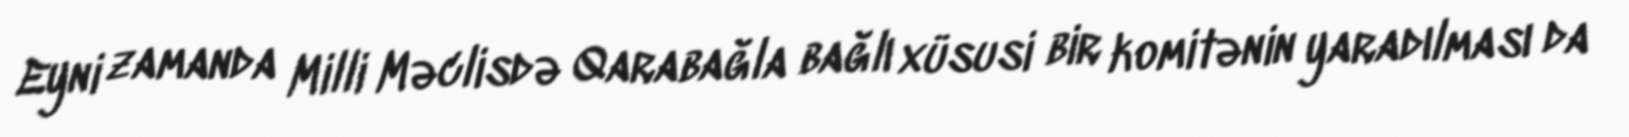
Eyni zamanda Milli Məclisdə Qarabağla bağlı xüsusi bir komitənin yaradılması da